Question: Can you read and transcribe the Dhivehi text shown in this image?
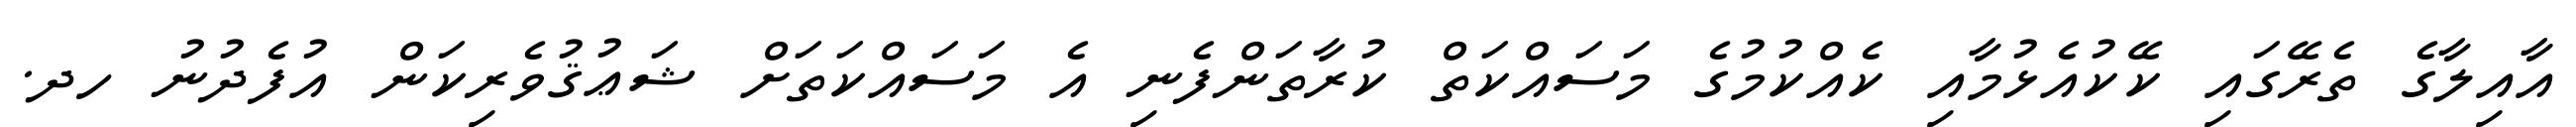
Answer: އާއިލާގެ ތެރޭގައި ކޭކުއެޅުމާއި ކެއްކުމުގެ މަސައްކަތް ކުރާތަންފެނި އެ މަސައްކަތަށް ޝަޢުޤުވެރިކަން އުފެދުނު ހދ.